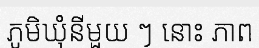
ភូមិឃុំនីមួយ ៗ នោះ ភាព